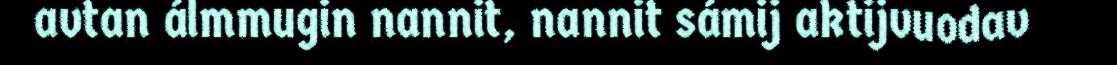
avtan álmmugin nannit, nannit sámij aktijvuodav